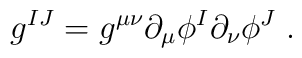
g^{IJ}=g^{\mu \nu }\partial _{\mu }\phi ^{I}\partial _{\nu }\phi ^{J}\;.